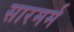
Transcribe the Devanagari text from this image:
सारमर्म